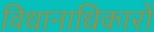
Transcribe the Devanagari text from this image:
विधानाधिकारों